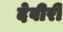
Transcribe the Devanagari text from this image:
देवीरी